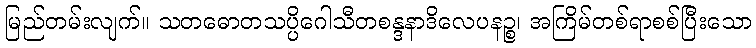
မြည်တမ်းလျက်။ သတဓောတသပ္ပိဂေါသီတစန္ဒနာဒိလေပနဉ္စ၊ အကြိမ်တစ်ရာစစ်ပြီးသော